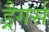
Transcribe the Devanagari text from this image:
ड्रैगर्स